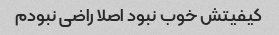
کیفیتش خوب نبود اصلا راضی نبودم